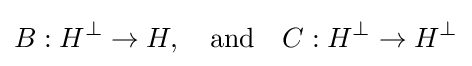
B:H^{\perp }\rightarrow H,\quad {\mbox{and}}\quad C:H^{\perp }\rightarrow H^{\perp }